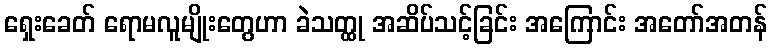
ရှေးခေတ် ရောမလူမျိုးတွေဟာ ခဲသတ္ထု အဆိပ်သင့်ခြင်း အကြောင်း အတော်အတန်